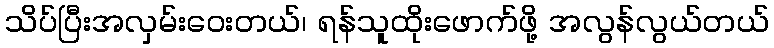
သိပ်ပြီးအလှမ်းဝေးတယ်၊ ရန်သူထိုးဖောက်ဖို့ အလွန်လွယ်တယ်